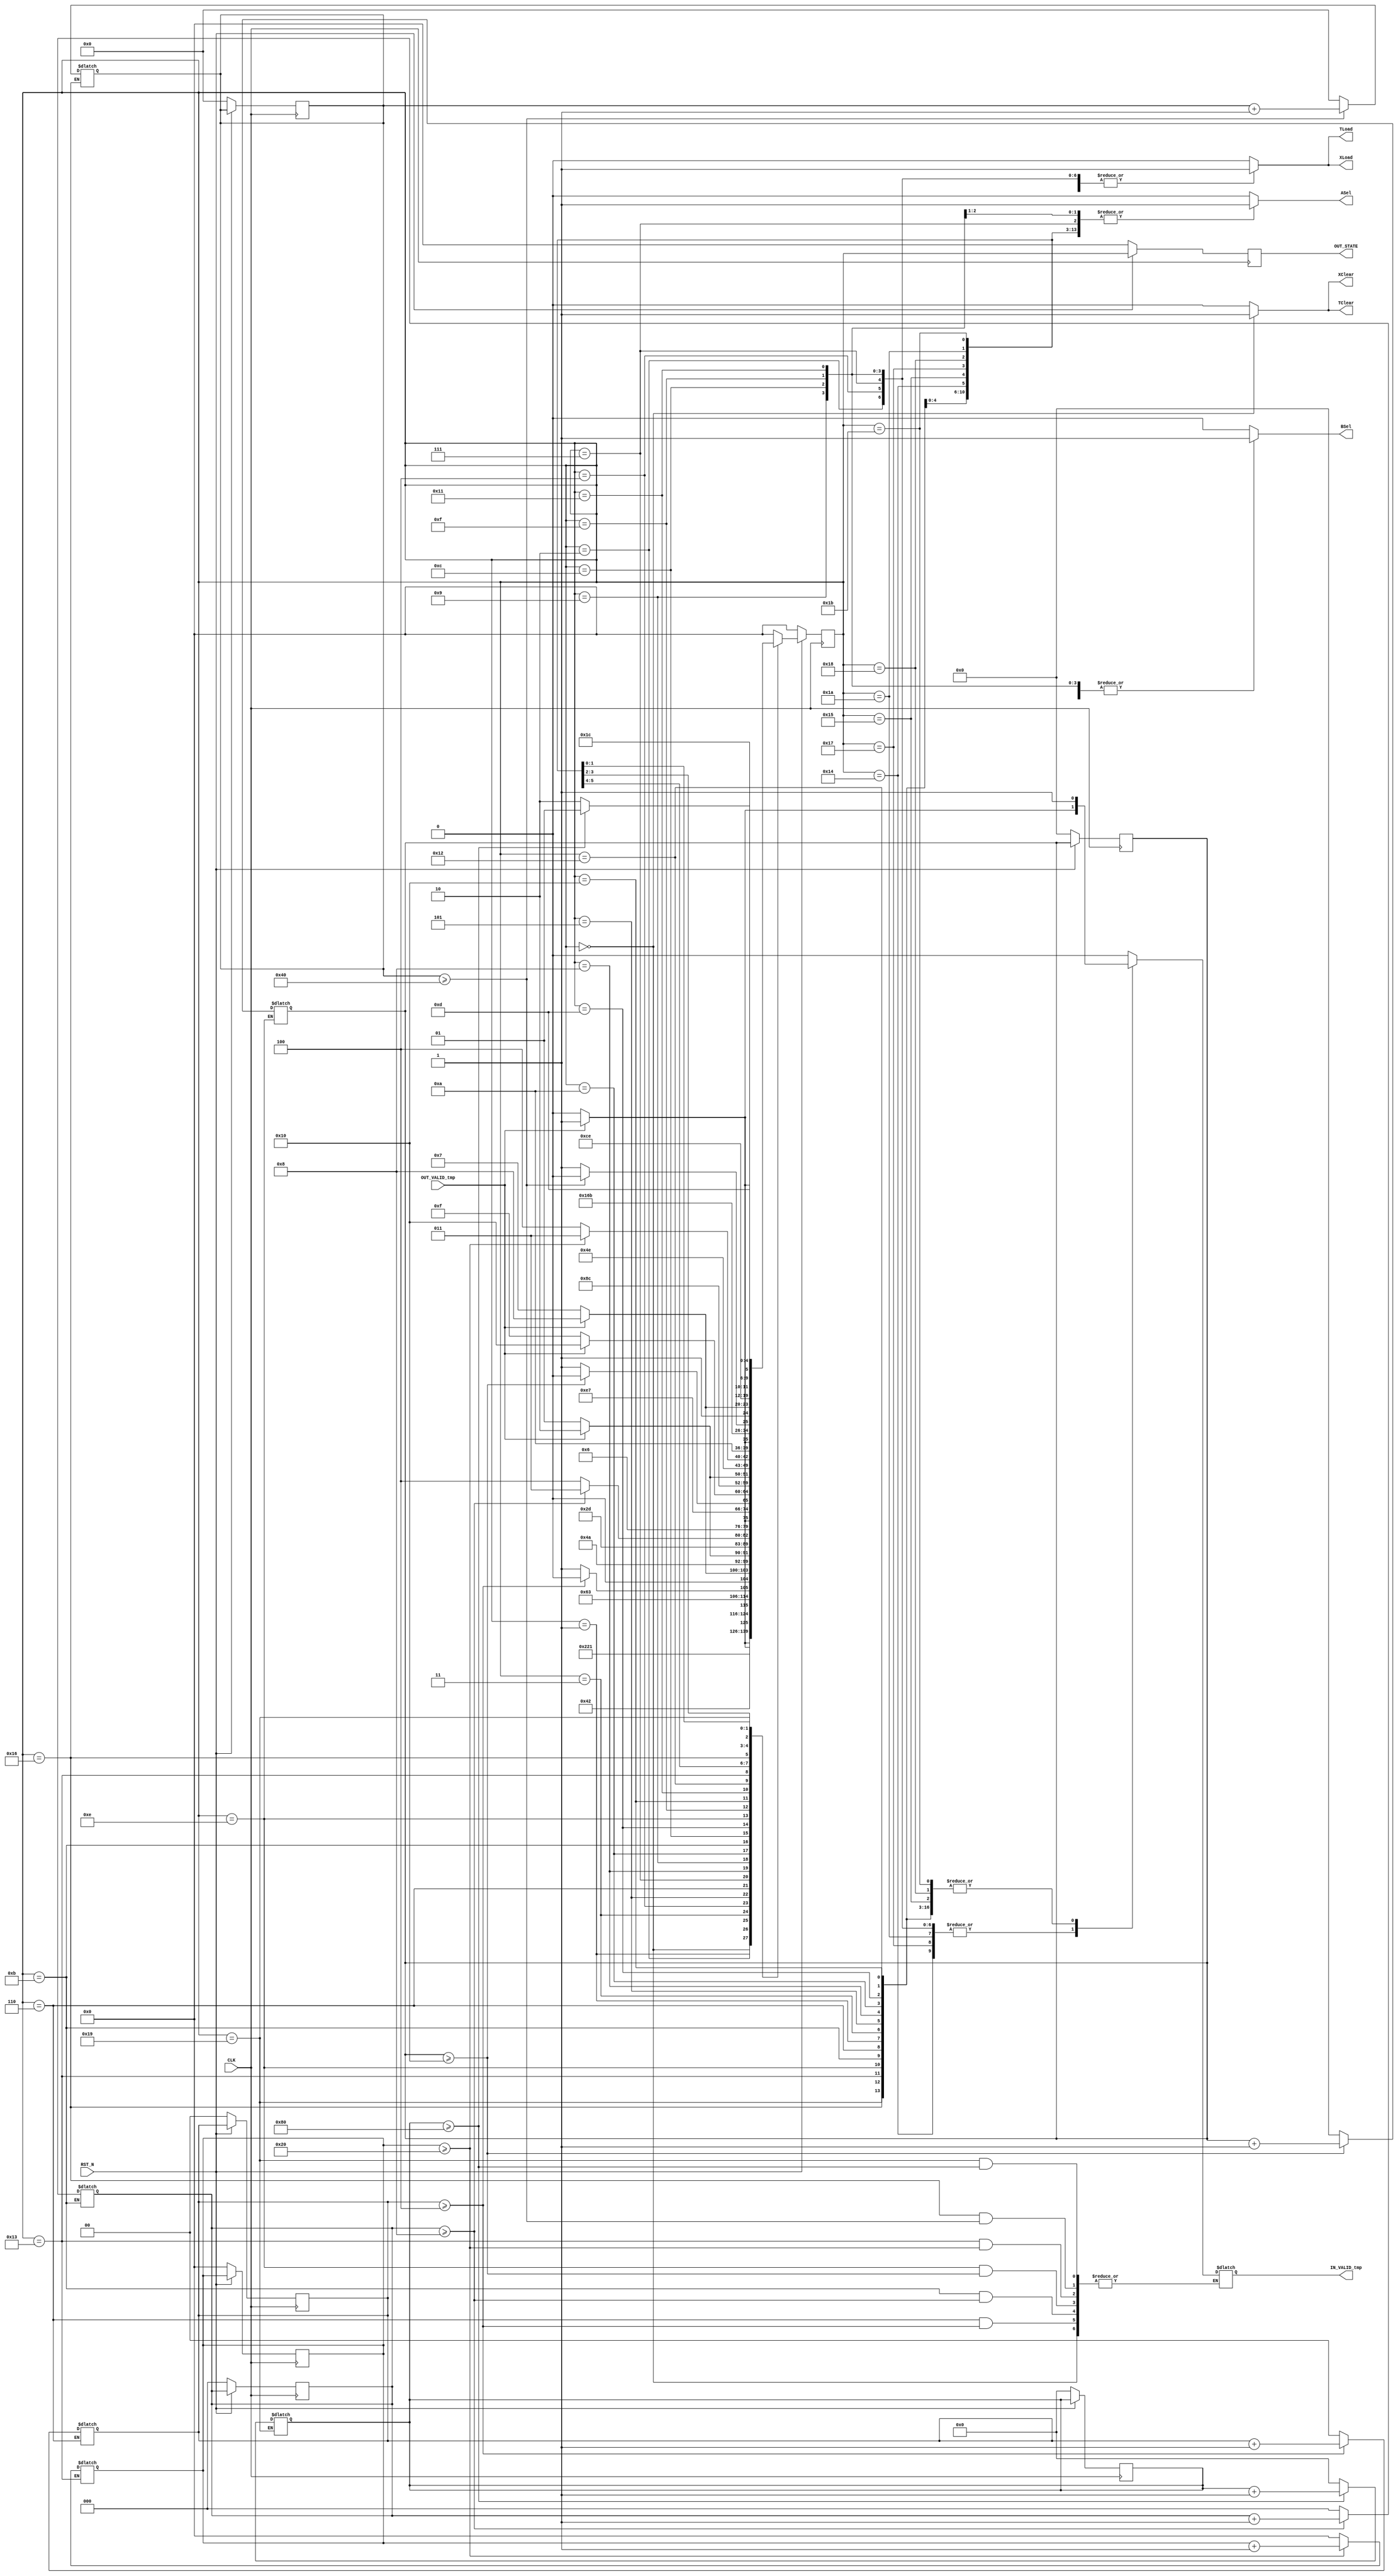
`timescale 1ns / 1ps
//////////////////////////////////////////////////////////////////////////////////
// Company: 
// Engineer: 
// 
// Design Name: 
// Module Name:    MODINV_FSM 
// Project Name: 
// Target Devices: 
// Tool versions: 
// Description: 
//
// Dependencies: 
//
// Revision: 
// Revision 0.01 - File Created
// Additional Comments: 
//
//////////////////////////////////////////////////////////////////////////////////
module ARS_MODINV_FSM(
				CLK,
				RST_N,
				TLoad,
				TClear,
				XLoad,
				XClear,
				ASel,
				BSel,
				OUT_VALID_tmp,
				IN_VALID_tmp,
				OUT_STATE
				);
input CLK, RST_N;
output TLoad, TClear, XLoad, XClear;
reg TLoad, TClear, XLoad, XClear;
output ASel, BSel;
reg ASel, BSel;
reg [4 : 0] cState, nState;

input OUT_VALID_tmp;
output IN_VALID_tmp;
reg IN_VALID_tmp;
output [4 : 0] OUT_STATE;
reg [4 : 0] OUT_STATE;

reg [1 : 0] state6_reg;
reg [2 : 0] state11_reg;
reg [3 : 0] state14_reg;
reg [4 : 0] state19_reg;
reg [5 : 0] state22_reg;
reg [6 : 0] state25_reg;


always @(posedge CLK)
	if(!RST_N)
		begin
		cState <= {5{1'b0}};
		state6_reg <= {2{1'b0}};
		state11_reg <= {3{1'b0}};
		state14_reg <= {4{1'b0}};
		state19_reg <= {5{1'b0}};
		state22_reg <= {6{1'b0}};
		state25_reg <= {7{1'b0}};
		OUT_STATE <= {5{1'b0}};
		end
	else
		begin
		cState <= nState;
		OUT_STATE <= cState;
		end

always @(cState)
	case(cState)
		5'b00000 : begin  //initial state
					TLoad = 0; TClear = 1; XLoad = 0; XClear = 1;
					ASel = 0; BSel = 0;
					nState = 5'b00001;
				   end
		5'b00001 : begin //first state   1:T=A^2
					TLoad = 1; TClear = 0; XLoad = 1; XClear = 0;
					ASel = 0; BSel = 1;
					IN_VALID_tmp<=1'b1; //multi input valid !
					nState = 5'b00010;
				   end
		5'b00010 : begin // 2:X=AT
					TLoad = 1; TClear = 0; XLoad = 1; XClear = 0;
					ASel = 0; BSel = 1;
					if(OUT_VALID_tmp == 1'b1)  //multi operation finish !
							begin
							IN_VALID_tmp <= 1'b1; 
							nState = 5'b00011;
							end
					else
							begin
							nState = 5'b00010;
							IN_VALID_tmp <= 1'b0;	
							end
				   end
		5'b00011 : begin   //3:T=X^2
					TLoad = 1; TClear = 0; XLoad = 1; XClear = 0;
					ASel = 1; BSel = 1;
					IN_VALID_tmp<=1'b1; //multi input valid !
					nState = 5'b00100;
				   end
		5'b00100 : begin // 4:X=AT
					TLoad = 1; TClear = 0; XLoad = 1; XClear = 0;
					ASel = 0; BSel = 1;
					if(OUT_VALID_tmp == 1'b1)  //multi operation finish !
							begin
							IN_VALID_tmp <= 1'b1; 
							nState = 5'b00101;
							end
					else
							begin
							nState = 5'b00100;
							IN_VALID_tmp <= 1'b0;	
							end
				   end
		5'b00101 : begin   // 5:T=X^2
					TLoad = 1; TClear = 0; XLoad = 1; XClear = 0;
					ASel = 0; BSel = 1;
					IN_VALID_tmp<=1'b1; //multi input valid !
					nState = 5'b00110;
				   end
		5'b00110 : begin   // 6:T=T^2    2 times
					TLoad = 1; TClear = 0; XLoad = 1; XClear = 0;
					ASel = 0; BSel = 0;
//					if(state6_reg < 2)
					if(state6_reg >= 4)
						begin
						state6_reg <= state6_reg + 1;
						nState = 5'b00110;
						end
					else
						begin
						IN_VALID_tmp<=1'b1; //multi input valid !
						state6_reg <= 0;
						nState = 5'b00111;
						end
						
				   end
		5'b00111 : begin  // 7:X=XT
					TLoad = 1; TClear = 0; XLoad = 1; XClear = 0;
					ASel = 1; BSel = 0;
					if(OUT_VALID_tmp == 1'b1)  //multi operation finish !
							begin
							IN_VALID_tmp <= 1'b1; 
							nState = 5'b01000;
							end
					else
							begin
							nState = 5'b00111;
							IN_VALID_tmp <= 1'b0;	
							end
				
				   end
		5'b01000 : begin //8:T=X^2
					TLoad = 1; TClear = 0; XLoad = 1; XClear = 0;
					ASel = 1; BSel = 1;	
					IN_VALID_tmp <= 1'b1; 
					nState = 5'b01001;
				   end		
		5'b01001 : begin // 9:X=AT
					TLoad = 1; TClear = 0; XLoad = 1; XClear = 0;
					ASel = 0; BSel = 1;
					if(OUT_VALID_tmp == 1'b1)
							begin
							IN_VALID_tmp <= 1'b1;
							nState = 5'b01010;
							end
					else
							begin
							nState = 5'b01001;
							IN_VALID_tmp <= 1'b0;	
							end
					end
		5'b01010 : begin // 10:T=X^2
				    TLoad = 1; TClear = 0; XLoad = 1; XClear = 0;
					ASel = 1; BSel = 1;
				    IN_VALID_tmp <= 1'b1; 
					nState = 5'b01011;
				   end
		5'b01011 : begin // 11:T=T^2   6 times		
				   TLoad = 1; TClear = 0; XLoad = 1; XClear = 0;
					ASel = 1; BSel = 0;
//					if(state11_reg < 6)
					if(state11_reg >= 8)
						begin
						state11_reg <= state11_reg + 3'b001; 
						nState = 5'b01011;
						end
					else
						begin
						IN_VALID_tmp <= 1'b1; 
						state11_reg <= 0;
						nState = 5'b01100;
						end
					end
		5'b01100 : begin // 12:X=XT
					TLoad = 1; TClear = 0; XLoad = 1; XClear = 0;
					ASel = 1; BSel = 1;
					if(OUT_VALID_tmp == 1'b1)  //multi operation finish !
							begin
							IN_VALID_tmp <= 1'b1; 
							nState = 5'b01101;
							end
					else
							begin
							nState = 5'b01100;
							IN_VALID_tmp <= 1'b0;	
							end
					end
		5'b01101 : begin // 13:T=X^2
					TLoad = 1; TClear = 0; XLoad = 1; XClear = 0;
					ASel = 1; BSel = 1;
					IN_VALID_tmp <= 1'b1; 
					nState = 5'b01110;
				   end
		5'b01110 : begin // 14:T = T^2  13 times
					TLoad = 1; TClear = 0; XLoad = 1; XClear = 0;
					ASel = 1; BSel = 0;
//					if(state14_reg < 13)
					if(state14_reg >= 16)
						begin
						state14_reg <= state14_reg + 4'b0001;
						nState = 5'b01110;
						end
					else
						begin
						state14_reg <= 0;
						nState = 5'b01111;
						IN_VALID_tmp <= 1'b1;
						end
				    end
		5'b01111: begin // 15:X=XT
					TLoad = 1; TClear = 0; XLoad = 1; XClear = 0;
					ASel = 1; BSel = 1;
					if(OUT_VALID_tmp == 1'b1)  //multi operation finish !
							begin
							IN_VALID_tmp <= 1'b1; 
							nState = 5'b10000;
							end
					else
							begin
							nState = 5'b01111;
							IN_VALID_tmp <= 1'b0;	
							end
				   end
		5'b10000 : begin // 16: T=X^2
				   	TLoad = 1; TClear = 0; XLoad = 1; XClear = 0;
					ASel = 1; BSel = 1;
					IN_VALID_tmp <= 1'b1; 
					nState = 5'b10001;
				   end
		5'b10001 : begin // 17: X=AT
					TLoad = 1; TClear = 0; XLoad = 1; XClear = 0;
					ASel = 0; BSel = 1;
					if(OUT_VALID_tmp == 1'b1)
							begin
							IN_VALID_tmp <= 1'b1;
							nState = 5'b10010;
							end
					else
							begin
							nState = 5'b10001;
							IN_VALID_tmp <= 1'b0;	
							end
				   end
		5'b10010 : begin // 18: T=X^2
					TLoad = 1; TClear = 0; XLoad = 1; XClear = 0;
					ASel = 1; BSel = 1;
					IN_VALID_tmp <= 1'b1; 
					nState = 5'b10011;
				   end
		5'b10011 : begin // 19: T=T^2  28 times
					TLoad = 1; TClear = 0; XLoad = 1; XClear = 0;
					ASel = 1; BSel = 0;
//					if(state19_reg < 28)
					if(state19_reg >= 32)
						begin
						state19_reg <= state19_reg + 5'b00001;
						nState = 5'b10011;
						end
					else
						begin
						state19_reg <= 0;
						nState = 5'b10100;
						IN_VALID_tmp <= 1'b1;
						end
				   end
		5'b10100 : begin // 20: X=XT
					TLoad = 1; TClear = 0; XLoad = 1; XClear = 0;
					ASel = 1; BSel = 1;
					if(OUT_VALID_tmp == 1'b1)  //multi operation finish !
							begin
							IN_VALID_tmp <= 1'b1; 
							nState = 5'b10101;
							end
					else
							begin
							nState = 5'b10100;
							IN_VALID_tmp <= 1'b0;	
							end
				   end
		5'b10101 : begin // 21: T=X^2
					TLoad = 1; TClear = 0; XLoad = 1; XClear = 0;
					ASel = 1; BSel = 1;
					IN_VALID_tmp <= 1'b1; 
					nState = 5'b10110;
				   end
		5'b10110 : begin // 22: T=T^2 57 times
				    TLoad = 1; TClear = 0; XLoad = 1; XClear = 0;
					ASel = 1; BSel = 0;
//					if(state22_reg < 57)
					if(state22_reg >= 64)
						begin
						state22_reg <= state22_reg + 6'b000001;
						nState = 5'b10110;
						end
					else
						begin
						state22_reg <= 0;
						nState = 5'b10111;
						IN_VALID_tmp <= 1'b1;
						end
				   end
		5'b10111 : begin //23: X=XT
					TLoad = 1; TClear = 0; XLoad = 1; XClear = 0;
					ASel = 1; BSel = 1;
					if(OUT_VALID_tmp == 1'b1)  //multi operation finish !
							begin
							IN_VALID_tmp <= 1'b1; 
							nState = 5'b11000;
							end
					else
							begin
							nState = 5'b10111;
							IN_VALID_tmp <= 1'b0;	
							end
				   end
		5'b11000 : begin //24: T=X^2
					TLoad = 1; TClear = 0; XLoad = 1; XClear = 0;
					ASel = 1; BSel = 1;
					IN_VALID_tmp <= 1'b1; 
					nState = 5'b11001;
				   end
		5'b11001 : begin //25: T=T^2 115 times
				   	TLoad = 1; TClear = 0; XLoad = 1; XClear = 0;
					ASel = 1; BSel = 0;
//					if(state25_reg < 115)
					if(state25_reg >= 128)
						begin
						state25_reg <= state25_reg + 7'b0000001;
						nState = 5'b11001;
						end
					else
						begin
						state25_reg <= 0;
						nState = 5'b11010;
						IN_VALID_tmp <= 1'b1;
						end
				   end
		5'b11010 : begin //26: X=XT
					TLoad = 1; TClear = 0; XLoad = 1; XClear = 0;
					ASel = 1; BSel = 1;
					if(OUT_VALID_tmp == 1'b1)  //multi operation finish !
							begin
							IN_VALID_tmp <= 1'b1; 
							nState = 5'b11011;
							end
					else
							begin
							nState = 5'b11010;
							IN_VALID_tmp <= 1'b0;	
							end
				   end
		5'b11011 : begin // 27: INVA = X^2
					TLoad = 1; TClear = 0; XLoad = 1; XClear = 0;
					ASel = 1; BSel = 1;
					IN_VALID_tmp <= 1'b1; 
					nState = 5'b11100; //invaild state
				   end
		default : begin
					TLoad = 0; TClear = 0; XLoad = 0; XClear = 0;
					ASel = 0; BSel = 0;
					IN_VALID_tmp <= 1'b0; 
					nState = 5'b00000;
				  end
		endcase
//always @(posedge CLK)
//		begin


endmodule